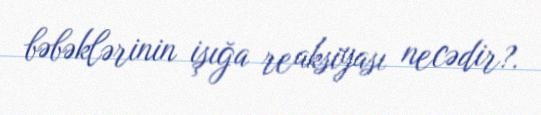
bəbəklərinin işığa reaksiyası necədir?.